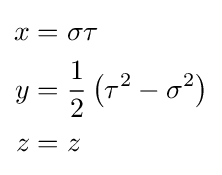
{\begin{aligned}x&=\sigma \tau \\y&={\frac {1}{2}}\left(\tau ^{2}-\sigma ^{2}\right)\\z&=z\end{aligned}}